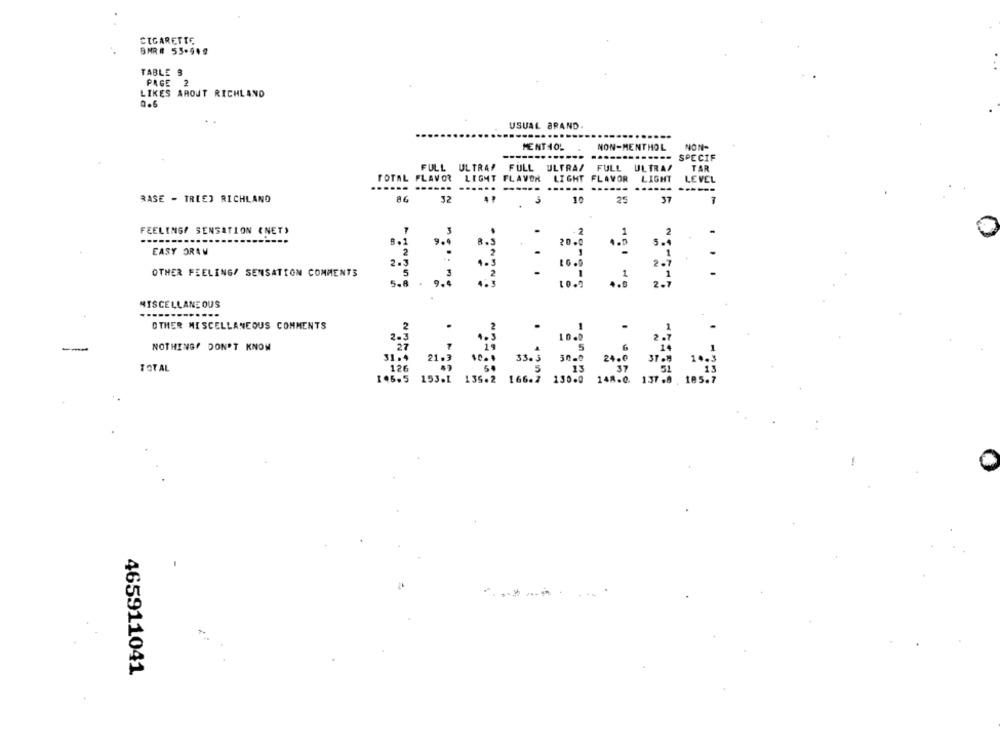
CIGARETTE
BAR# 53-949
TABLE &
PAGE 2
LIKES AROUT RICHLAND
USUAL BRAND.
......
MENT10'
NON-MENTHOL
NON-
------------
SPECIF
TAR
FULL ULTRAP FULL ULTRA/
FULL ULTRAS
TOTAL FLAVOR LIGHT FLAVOR
LIGHT FLAVOR
LIGHT
LEVEL
......
......
------
------
BASE - TRIED RICHLAND
32
10
25
37
FEELINGP SENSATION (NET)
........
EASY ORAW
OTHER FEELING/ SENSATION COMMENTS
MISCELLANEOUS
OTHER MISCELLANEOUS COMMENTS
NOTHINGP DON'T KNOW
TOTAL
------
465911041